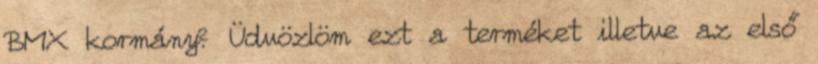
BMX kormány? Üdvözlöm ezt a terméket illetve az első